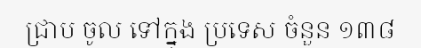
ជ្រាប ចូល ទៅក្នុង ប្រទេស ចំនួន ១៣៨